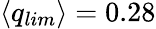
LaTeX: \langle q_{lim}\rangle=0.28